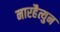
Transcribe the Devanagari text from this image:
नारहैत्युन